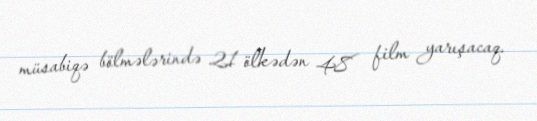
müsabiqə bölmələrində 21 ölkədən 48 film yarışacaq.